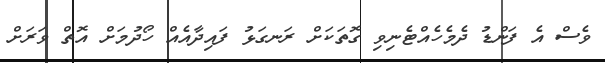
ވެސް އެ ފަންޑު ދެމެހެއްޓެނިވި ގޮތަކަށް ރަނގަޅު ފައިދާއެއް ހޯދުމަށް އޮތް ވަރަށް